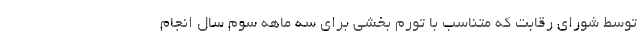
توسط شورای رقابت که متناسب با تورم بخشی برای سه ماهه سوم سال انجام